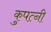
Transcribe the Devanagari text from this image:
कुपत्नी